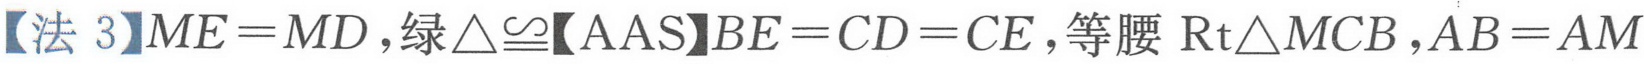
【法 3】\(ME = MD\)，绿\(\triangle\cong\)【AAS】\(BE = CD = CE\)，等腰\(\text{Rt}\triangle MCB\)，\(AB = AM\)